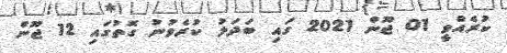
ކުރެއްވީ 01 ޖޫން 2021 ގައި ބަދަލު ކުރެވުނު ގޮތުގައި 12 ޖޫން